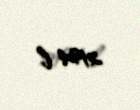
2194 l